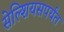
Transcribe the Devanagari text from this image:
सेल्शियसपर्यंत